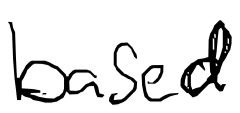
Text: based
Cross-out: clean
Writing tool: digital_black